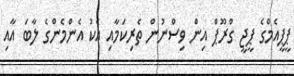
ޕީޕީއެމްގެ ޕީޖީ ގްރޫޕް އިން ވިސްނުން ތެރިކަމާއި އެކު އެންމެންގެ ލާބަ އާއި